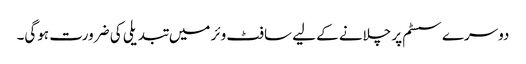
دوسرے سسٹم پر چلانے کے لیے سافٹ وئر میں تبدیلی کی ضرورت ہوگی۔